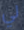
لي